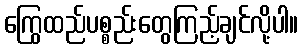
ကြွေထည်ပစ္စည်းတွေကြည့်ချင်လို့ပါ။